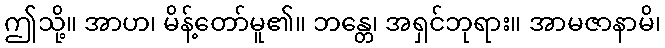
ဤသို့။ အာဟ၊ မိန့်တော်မူ၏။ ဘန္တေ၊ အရှင်ဘုရား။ အာမဇာနာမိ၊